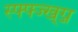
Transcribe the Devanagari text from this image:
स्फ्फ्ज्ख्ग्ज